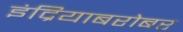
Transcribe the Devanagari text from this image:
इंद्रियाबरोबर